Annual report on the working of the Harcourt Butler Institute of Public Health, Rangoon
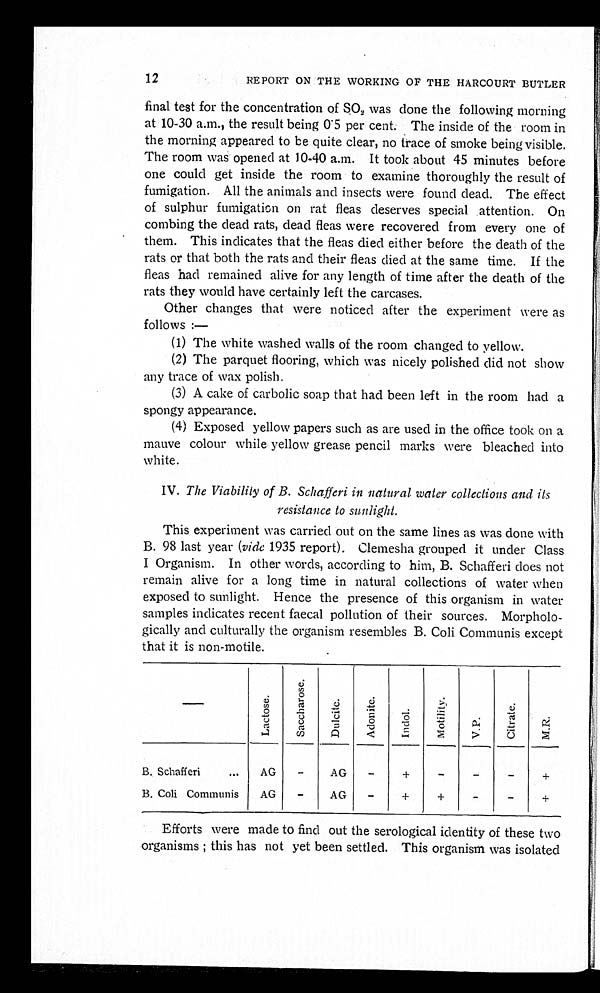
12
REPORT ON THE WORKING OF THE HARCOURT BUTLER
final test for the concentration of SO2 was done the following morning
at 10-30 a.m., the result being 0.5 per cent. The inside of the room in
the morning appeared to be quite clear, no trace of smoke being visible.
The room was opened at 10-40 a.m. It took about 45 minutes before
one could get inside the room to examine thoroughly the result of
fumigation. All the animals and insects were found dead. The effect
of sulphur fumigation on rat fleas deserves special attention. On
combing the dead rats, dead fleas were recovered from every one of
them. This indicates that the fleas died either before the death of the
rats or that both the rats and their fleas died at the same time. If the
fleas had remained alive for any length of time after the death of the
rats they would have certainly left the carcases.
Other changes that were noticed after the experiment were as
follows:—
(1) The white washed walls of the room changed to yellow.
(2) The parquet flooring, which was nicely polished did not show
any trace of wax polish.
(3) A cake of carbolic soap that had been left in the room had a
spongy appearance.
(4) Exposed yellow papers such as are used in the office took on a
mauve colour while yellow grease pencil marks were bleached into
white.
IV. The Viability of B. Schafferi in natural water collections and its
resistance to sunlight.
This experiment was carried out on the same lines as was done with
B. 98 last year (vide 1935 report). Clemesha grouped it under Class
I Organism. In other words, according to him, B. Schafferi does not
remain alive for a long time in natural collections of water when
exposed to sunlight. Hence the presence of this organism in water
samples indicates recent faecal pollution of their sources. Morpholo
-
gically and culturally the organism resembles B. Coli Communis except
that it is non-motile.
—
L a c t o s e .
S a c c h a r o s e .
D u l c i t e .
A d o n i t e .
I n d o l .
M o t i l i t y .
V . P .
C i t r a t e .
M . R .
B. Schafferi . . .
AG
-
AG
-
+
-
-
-
+
B. Coli Communis
AG
-
AG
-
+
+
-
-
+
Efforts were made to find out the serological identity of these two
organisms; this has not yet been settled. This organism was isolated